King Institute of Preventive Medicine Micro-Biological Section reports 1909-11
Year: 1909
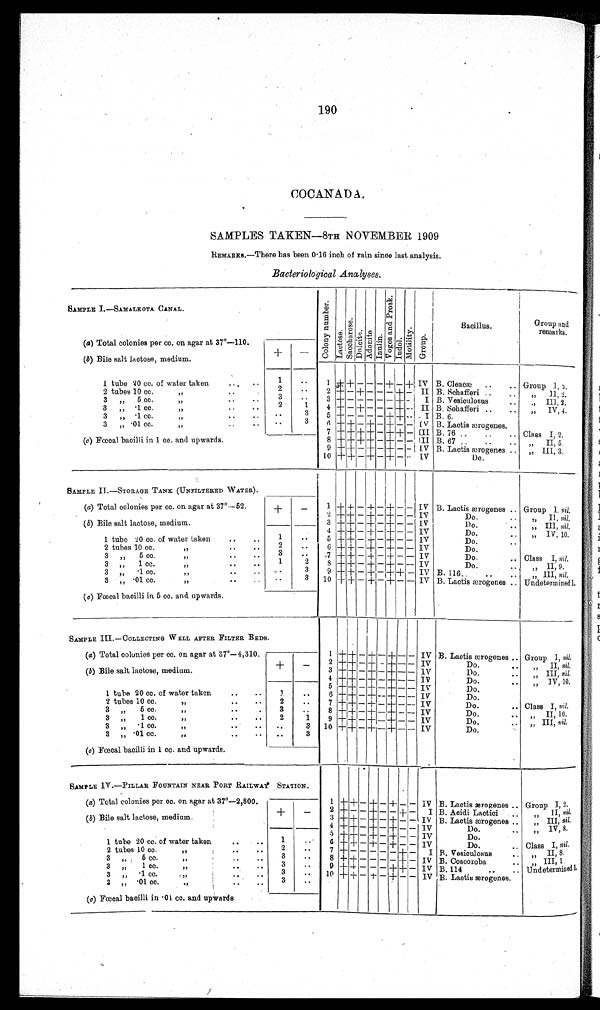
190
COCANADA.
SAMPLES TAKEN—8TH NOVEMBER 1909
REMARKS.—There has been 0 . 16 inch of rain since last analysis.
Bacteriological Analyses.
SAMPLE I. — SAMALKOTA CANAL.
C o l o n y n u m b e r .
L a c t o s e .
S a c c h a r o s e .
D n l c i t e . Ad o n i t e .
I n u l i n e .
V o g a s a n d P r o s k .
I n d o l .
M o t i l i t y .
G r o u p .
Bacillus.
Group an
d r e m a r k s .
(a) Total colonies per cc. on agar at 37°—110.
+
—
(b) Bile salt lactose, medium.
1
+ + — — —
+ - + IV B. Cleactæ .. ..
Group 1 , 2 .
1 tube 20 cc. of water taken
...
..
1
2 ± — + — - - — ± - II
„ II 2.
10 .
cc
B. Sehafferi ..
..
2 tuber tu
3
..
3 + - - - - - + - I
5cc
B. Vesiculosus
..
3 „
., III, 2.
, ,
2
1
4 + — + — — — ± - II
-. 1 cc.
B. Sehafferi ..
..
„
IV, 4.
3
,
, ,
..
3
5 + — — — — + + - I
1 cc.
B. 6.
3 7
.
, ,
3
6 + + — + — + - - I V B. Lactis ærogenes.
01 cc.
3 „
, ,
..
7 + + + + - + + - [II
Class I, 2.
B. 76 , .
..
..
(a) Fœcal bacilli in 1 cc. and upwards.
8 + + + + — + — - - III B. 67 ..
..
.. „ II, 5
9 + + - + — + - - IV B. Lactis ærogenes
2
,, III, -
10 + + - + — + - - IV
o.
SAMPLE II . —STORAGE TANK (UNFILTERED WATER) .
1 + + — + — + — - IV B. Lactis ærogenes .. Group 1, nil.
(a) Total colonies per cc. on agar at 37° —52
+
-
2 + + — + — + — — IV
Do,
.. „ Il, nil.
(b) Bile salt lactose, medium.
3 + + — + — + — - IV
Do.
.. „ III, nil,
4
+ + - + - + - - IV
Do.
.
1 tube 20 cc. of water taken
..
..
1
„ IV,10.
5 + + — + — + — — IV
Do.
'
2
..
6 + ± — + — + - - IV
2 tubes 10 cc.
Do.
3
. .
Class I, nil.
-7 + + - + - + - - IV
Do.
..
3 „ 5 cc.
.
.
I
1
2
8 + + - + - + - - IV
Do.
..
1 cc.
„ II, 9.
3 „
3
9 + + — + — + + - IV
. 1 .
cc
B. 116..
..
.. „ III, nil.
3 „
,,
3 10 + + — + — + — — IV
3 „ .01 co.
B. Lactis ærogenes .. Undetermined 1,
.
.
(a) Fœcal bacilli in 5 cc. and upwards.
SAMPLE III. — COLLECTING WELL AFTER FILTER BEDS.
1
+
+ — + — + — — IV B. Lactis ærogenes .. Group I, nil.
(a) Total colonies per cc. on agar at 37°—4,310.
+
—
2 + + — + - + — — IV
Do.
—
II, n il.
(b) Bile salt lactose, medium.
3 + + — + — + - - I V
Do.
„ III, nil,
4 + + — + .— + - - IV
Do.
IV 10
,,
,
1 tube 20 cc. of water taken
..
..
1
.
5 +
+
- + - + - - IV
Do.
6 + + - + - + - - IV
Do.
—
10 cc.
,,
.
2
2 tubes
7 + + - + — + — -- IV
Do.
.. Class I, nil.
3
..
3 „ 5 cc.
8 + + — + — + — - IV
Do..
10.
II
7
,,
..
2
1
3 „ 1 cc.
9 + + - + - + - - IV
Do.
..
..
„ III, nil .
1 cc.
3 10
+
+
-
+ — + — — IV
11
3 „
Do.
01 cc.
3
3 „
PI
(a) Fœcal bacilli in 1 cc. and upwards.
SAMPLE IV.—PILLAR FOUNTAIN NEAR PORT RAILWAY STATION.
1
+ + — + — + — —
,
IV B. Lactis ærogenes ., Group I, 2.
(a) Total colonies per cc. on agar at 37°—2,800.
+
—
2 ± - — + — — + — I B. Acidi Lactici .
II, nil.
(b) Bile salt lactose, medium.
3
+ + — + — + — —. IV B. Lactisærogenes . ,
III, nil.
4 + + - + - + - - IV
„ IV, 8.
Do...
1 tube 20 cc. of water taken
..
..
1
5 + + - + - + - - IV
Do.
6 + + — -I- — -I- — — IV
Class I, nil.
Do.
..
..
2
7 ± - - - - - + — I
..
..
2 tubes 10 cc.
, ,
B. Vesiculosus
.. ,,II, 8.
3
5
, ,
8 + + — — — — + — IV
3 „ ,
„ III, 1.
B. Coscoroba
.
3
If
.
"
3 ,, 1 CC
cc..
9 + + - - - - + - IV B. 114
.
..
Undetermined l,
3
10 + + — + — + — — IV
1 cc.
, ,
3 „
B. Lactis ærogenes.
3
..
3 „ -01 cc.
..
..
(c) Fœcal bacilli in 01 cc. and upwards